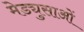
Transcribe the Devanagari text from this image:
मेड्युसाओं